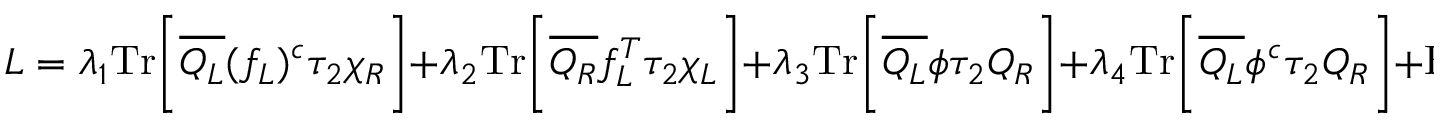
{ \cal L } = \lambda _ { 1 } \mathrm { T r } \bigg [ \overline { { { Q _ { L } } } } ( f _ { L } ) ^ { c } \tau _ { 2 } \chi _ { R } \bigg ] + \lambda _ { 2 } \mathrm { T r } \bigg [ \overline { { { Q _ { R } } } } f _ { L } ^ { T } \tau _ { 2 } \chi _ { L } \bigg ] + \lambda _ { 3 } \mathrm { T r } \bigg [ \overline { { { Q _ { L } } } } \phi \tau _ { 2 } Q _ { R } \bigg ] + \lambda _ { 4 } \mathrm { T r } \bigg [ \overline { { { Q _ { L } } } } \phi ^ { c } \tau _ { 2 } Q _ { R } \bigg ] + \mathrm { H . c . } ,